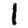
Digit: 1